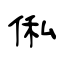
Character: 俬